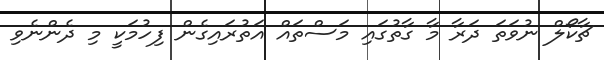
ޗާކޯލް ނުވަތަ ދަރާ މާ ގާތުގައި މަސްތައް އަތުރައިގެން ފިހުމަކީ މި ދެންނެވި